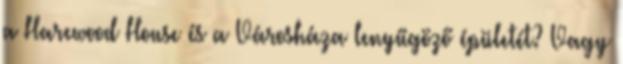
a Harewood House és a Városháza lenyűgöző épületét? Vagy